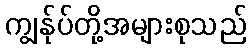
ကျွန်ုပ်တို့အများစုသည်